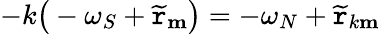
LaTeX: -k\big(-\omega_{S}+\widetilde{\mathtt{r}}_{\mathbf{m}}\big)=-\omega_{N}+\widetilde{\mathtt{r}}_{k\mathbf{m}}